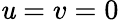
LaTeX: \mathit{u}=v=0